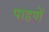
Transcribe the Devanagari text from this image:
पाहणें